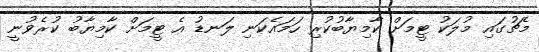
މެޗުގައި މުލަކު ޓީމަށް ކާމިޔާބުކުރި ހަމައެކަނި ލަނޑު އެ ޓީމަށް ކާމިޔާބު ކުރެވުނީ